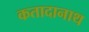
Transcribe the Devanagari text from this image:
कतादानाथ